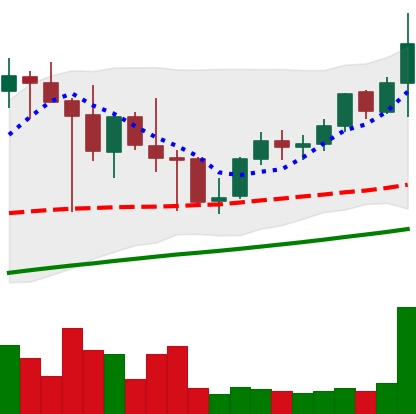
Ticker: LINK-USD
Chart end date: 2021-05-04
Forward return: 14.255%
Label: up_7plus